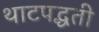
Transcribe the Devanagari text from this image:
थाटपद्धती